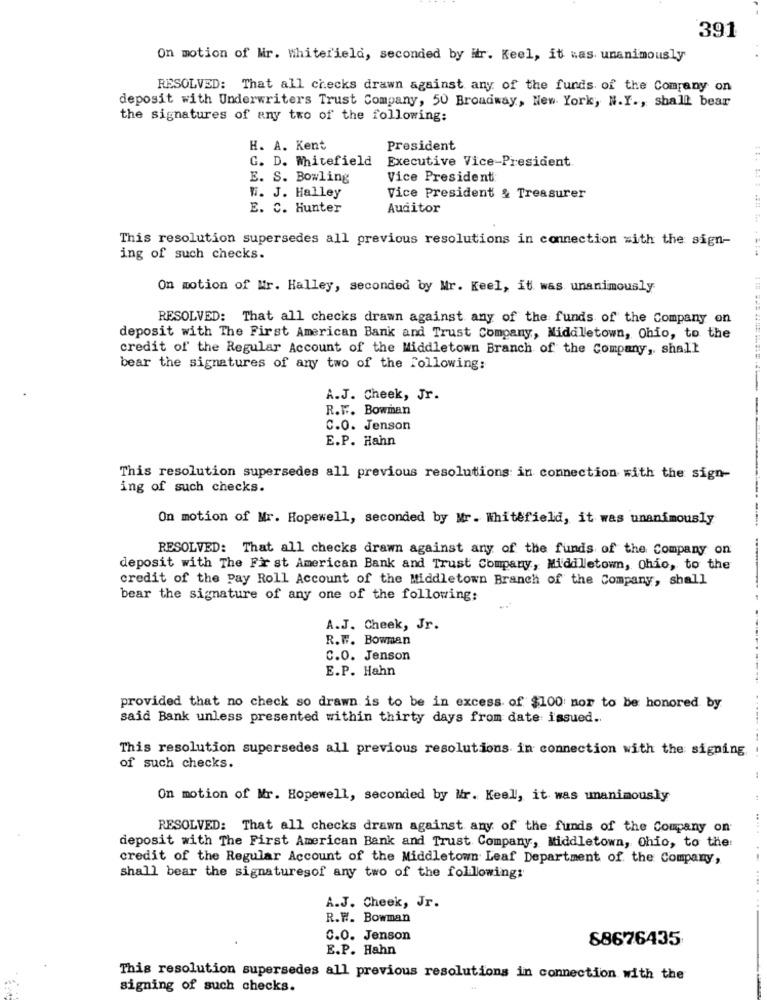
391
On motion of Mr. whitefield, seconded by Hr. Keel, it was unanimously
RESOLVED: That all checks drawn against any of the funds of the Company on
deposit with Underwriters Trust Company, 50 Broadway, New York, N.Y ., shall bear
the signatures of any two of the following:
H. A. Kent
President
G. D. Whitefield Executive Vice-President
E. S. Bowling
Vice President
W. J. Halley
Vice President & Treasurer
E. C. Hunter
Auditor
This resolution supersedes all previous resolutions in connection with the sign-
ing of such checks.
On motion of Mr. Halley, seconded by Mr. Keel, it was unanimously
RESOLVED: That all checks drawn against any of the funds of the Company on
deposit with The First American Bank and Trust Company, Middletown, Ohio, to the
credit of the Regular Account of the Middletown Branch of the Company, shall
bear the signatures of any two of the Following:
A.J. Cheek, Jr.
R.F. Bowman
C.O. Jenson
E.P. Hahn
This resolution supersedes all previous resolutions in connection with the sign-
ing of such checks.
On motion of Mr. Hopewell, seconded by Mr. Whitefield, it was unanimously
RESOLVED: That all checks drawn against any of the funds of the Company on
deposit with The First American Bank and Trust Company, Middletown, Ohio, to the
credit of the Pay Roll Account of the Middletown Branch of the Company, shall
bear the signature of any one of the following:
A.J. Cheek, Jr.
R.W. Bowman
C.O. Jenson
E.P. Hahn
provided that no check so drawn is to be in excess of $100 nor to be honored by
said Bank unless presented within thirty days from date issued ..
This resolution supersedes all previous resolutions in connection with the signing
of such checks.
On motion of Mr. Hopewell, seconded by Mr. Keel, it was unanimously
RESOLVED: That all checks drawn against any of the funds of the Company on
.. .
deposit with The First American Bank and Trust Company, Middletown, Ohio, to the:
credit of the Regular Account of the Middletown Leaf Department of the Company,
shall bear the signaturesof any two of the following:
A.J. Cheek, Jr.
R.W. Bowman
C.O. Jenson
88676435
E.P. Hahn
This resolution supersedes all previous resolutions in connection with the
signing of such checks.